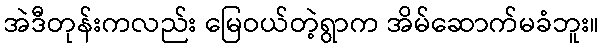
အဲဒီတုန်းကလည်း မြေဝယ်တဲ့ရွာက အိမ်ဆောက်မခံဘူး။